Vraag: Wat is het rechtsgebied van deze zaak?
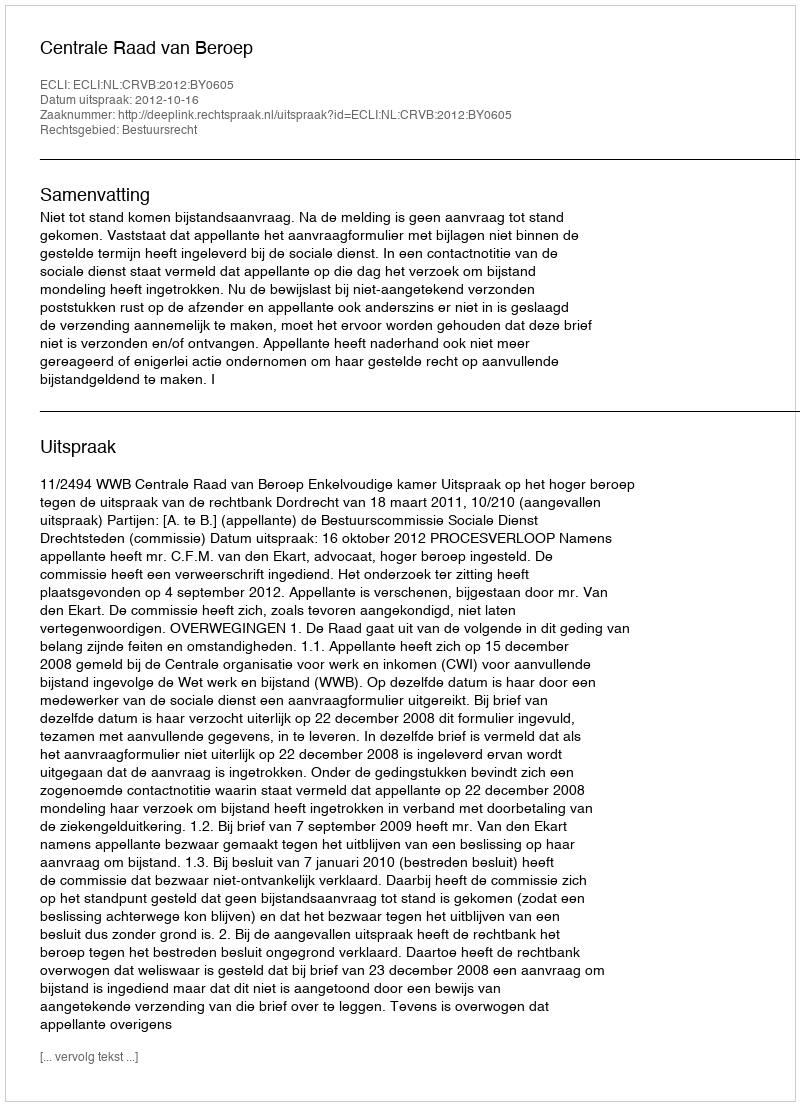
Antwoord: Bestuursrecht